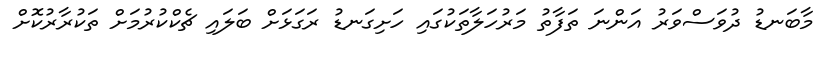
މާބަނޑު ދުވަސްވަރު އަންނަ ތަފާތު މަރުހަލާތަކުގައި ހަށިގަނޑު ރަގަޅަށް ބަލައި ޗެކްކުރުމަށް ތަކުރާރުކޮށް